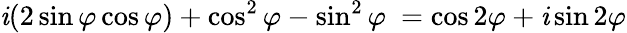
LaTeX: \mathit{i}(2\sin\varphi\cos\varphi)+\cos^{2}\varphi-\sin^{2}\varphi\ =\cos2\varphi+\mathit{i}\sin2\varphi